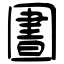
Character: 圕